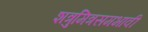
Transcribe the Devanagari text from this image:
शत्रुमित्रसमभावी